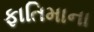
ફાતિમાના